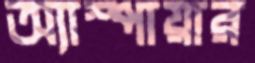
অ্যাস্পায়ার